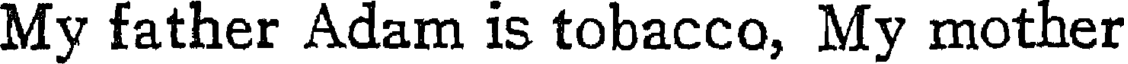
My father Adam is tobacco, My mother